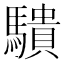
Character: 𬳱